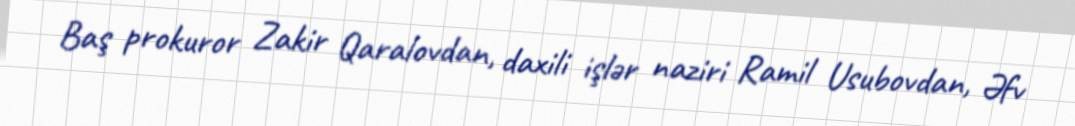
Baş prokuror Zakir Qaralovdan, daxili işlər naziri Ramil Usubovdan, Əfv